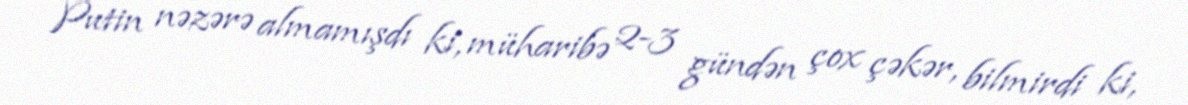
Putin nəzərə almamışdı ki, müharibə 2-3 gündən çox çəkər, bilmirdi ki,